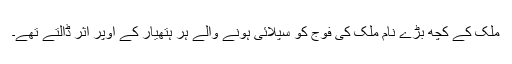
ملک کے کچھ بڑے نام ملک کی فوج کو سپلائی ہونے والے ہر ہتھیار کے اوپر اثر ڈالتے تھے۔